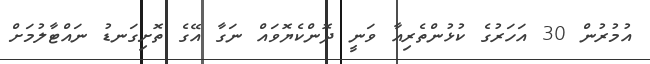
އުމުރުން 30 އަހަރުގެ ކުޅުންތެރިއާ ވަނީ ދޮންކެޔޮވައް ނަގާ އޭގެ ތޮށިގަނޑު ނައްޓާލުމަށް